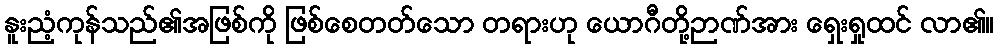
နူးညံ့ကုန်သည်၏အဖြစ်ကို ဖြစ်စေတတ်သော တရားဟု ယောဂီတို့ဉာဏ်အား ရှေးရှုထင် လာ၏။